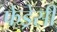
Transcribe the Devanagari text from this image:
फेड्रेसी